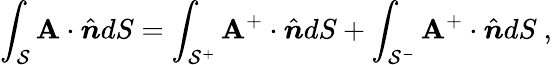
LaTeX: \int_{\mathcal{S}}\mathbf{A}\cdot\hat{\boldsymbol{n}}dS=\int_{\mathcal{S}^{+}}\mathbf{A}^{+}\cdot\hat{\boldsymbol{n}}dS+\int_{\mathcal{S}^{-}}\mathbf{A}^{+}\cdot\hat{\boldsymbol{n}}dS~,